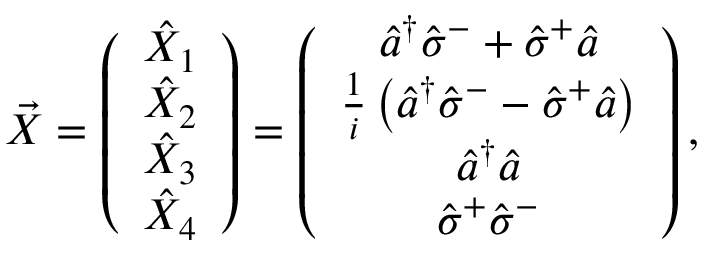
\vec { X } = \left( \begin{array} { c } { \hat { X } _ { 1 } } \\ { \hat { X } _ { 2 } } \\ { \hat { X } _ { 3 } } \\ { \hat { X } _ { 4 } } \end{array} \right) = \left( \begin{array} { c } { \hat { a } ^ { \dagger } \hat { \sigma } ^ { - } + \hat { \sigma } ^ { + } \hat { a } } \\ { \frac { 1 } { i } \left( \hat { a } ^ { \dagger } \hat { \sigma } ^ { - } - \hat { \sigma } ^ { + } \hat { a } \right) } \\ { \hat { a } ^ { \dagger } \hat { a } } \\ { \hat { \sigma } ^ { + } \hat { \sigma } ^ { - } } \end{array} \right) ,